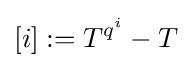
[i]:=T^{q^{i}}-T